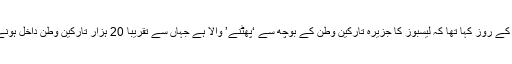
یونانی وزیراعظم نے پیر کے روز کہا تھا کہ لیسبوز کا جزیرہ تارکین وطن کے بوچھ سے ‘پھٹنے’ والا ہے جہاں سے تقریباً 20 ہزار تارکین وطن داخل ہونے کی کوشش کررہے ہیں۔